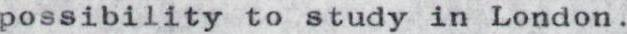
possibility to study in London.